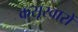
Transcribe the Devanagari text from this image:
कसूरवारों